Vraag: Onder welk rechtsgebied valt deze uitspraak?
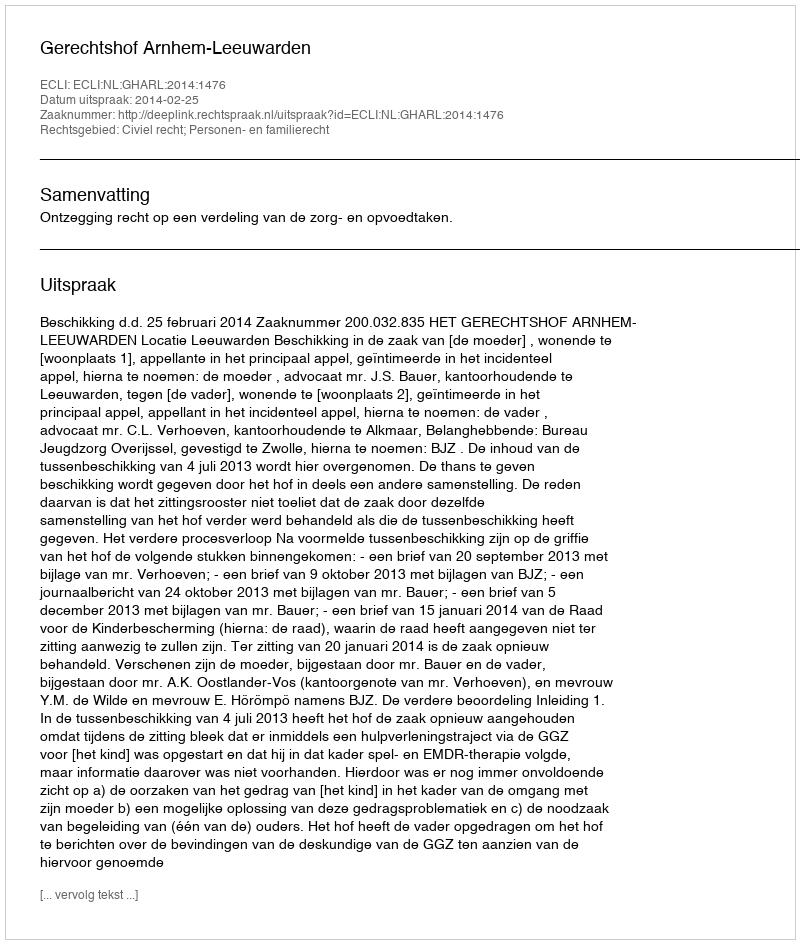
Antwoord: Civiel recht; Personen- en familierecht